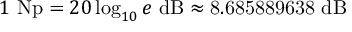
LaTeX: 1 \ { \mathrm { N p } } = 2 0 \log _ { 1 0 } e \ { \mathrm { d B } } \approx { \mathrm { 8 . 6 8 5 8 8 9 6 3 8 ~ d B } }